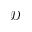
\mathcal { D }